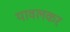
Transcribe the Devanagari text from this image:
यावलकर